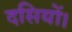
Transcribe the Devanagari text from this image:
दसियों।